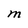
Character: M